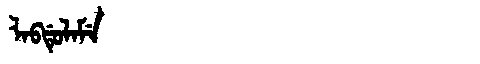
Manchu: ᠯᠠᠪᡩᡠᠯᠠᠮᡝ
Romanization: LABDULAME